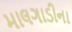
માલગાડીના